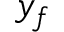
y _ { f }